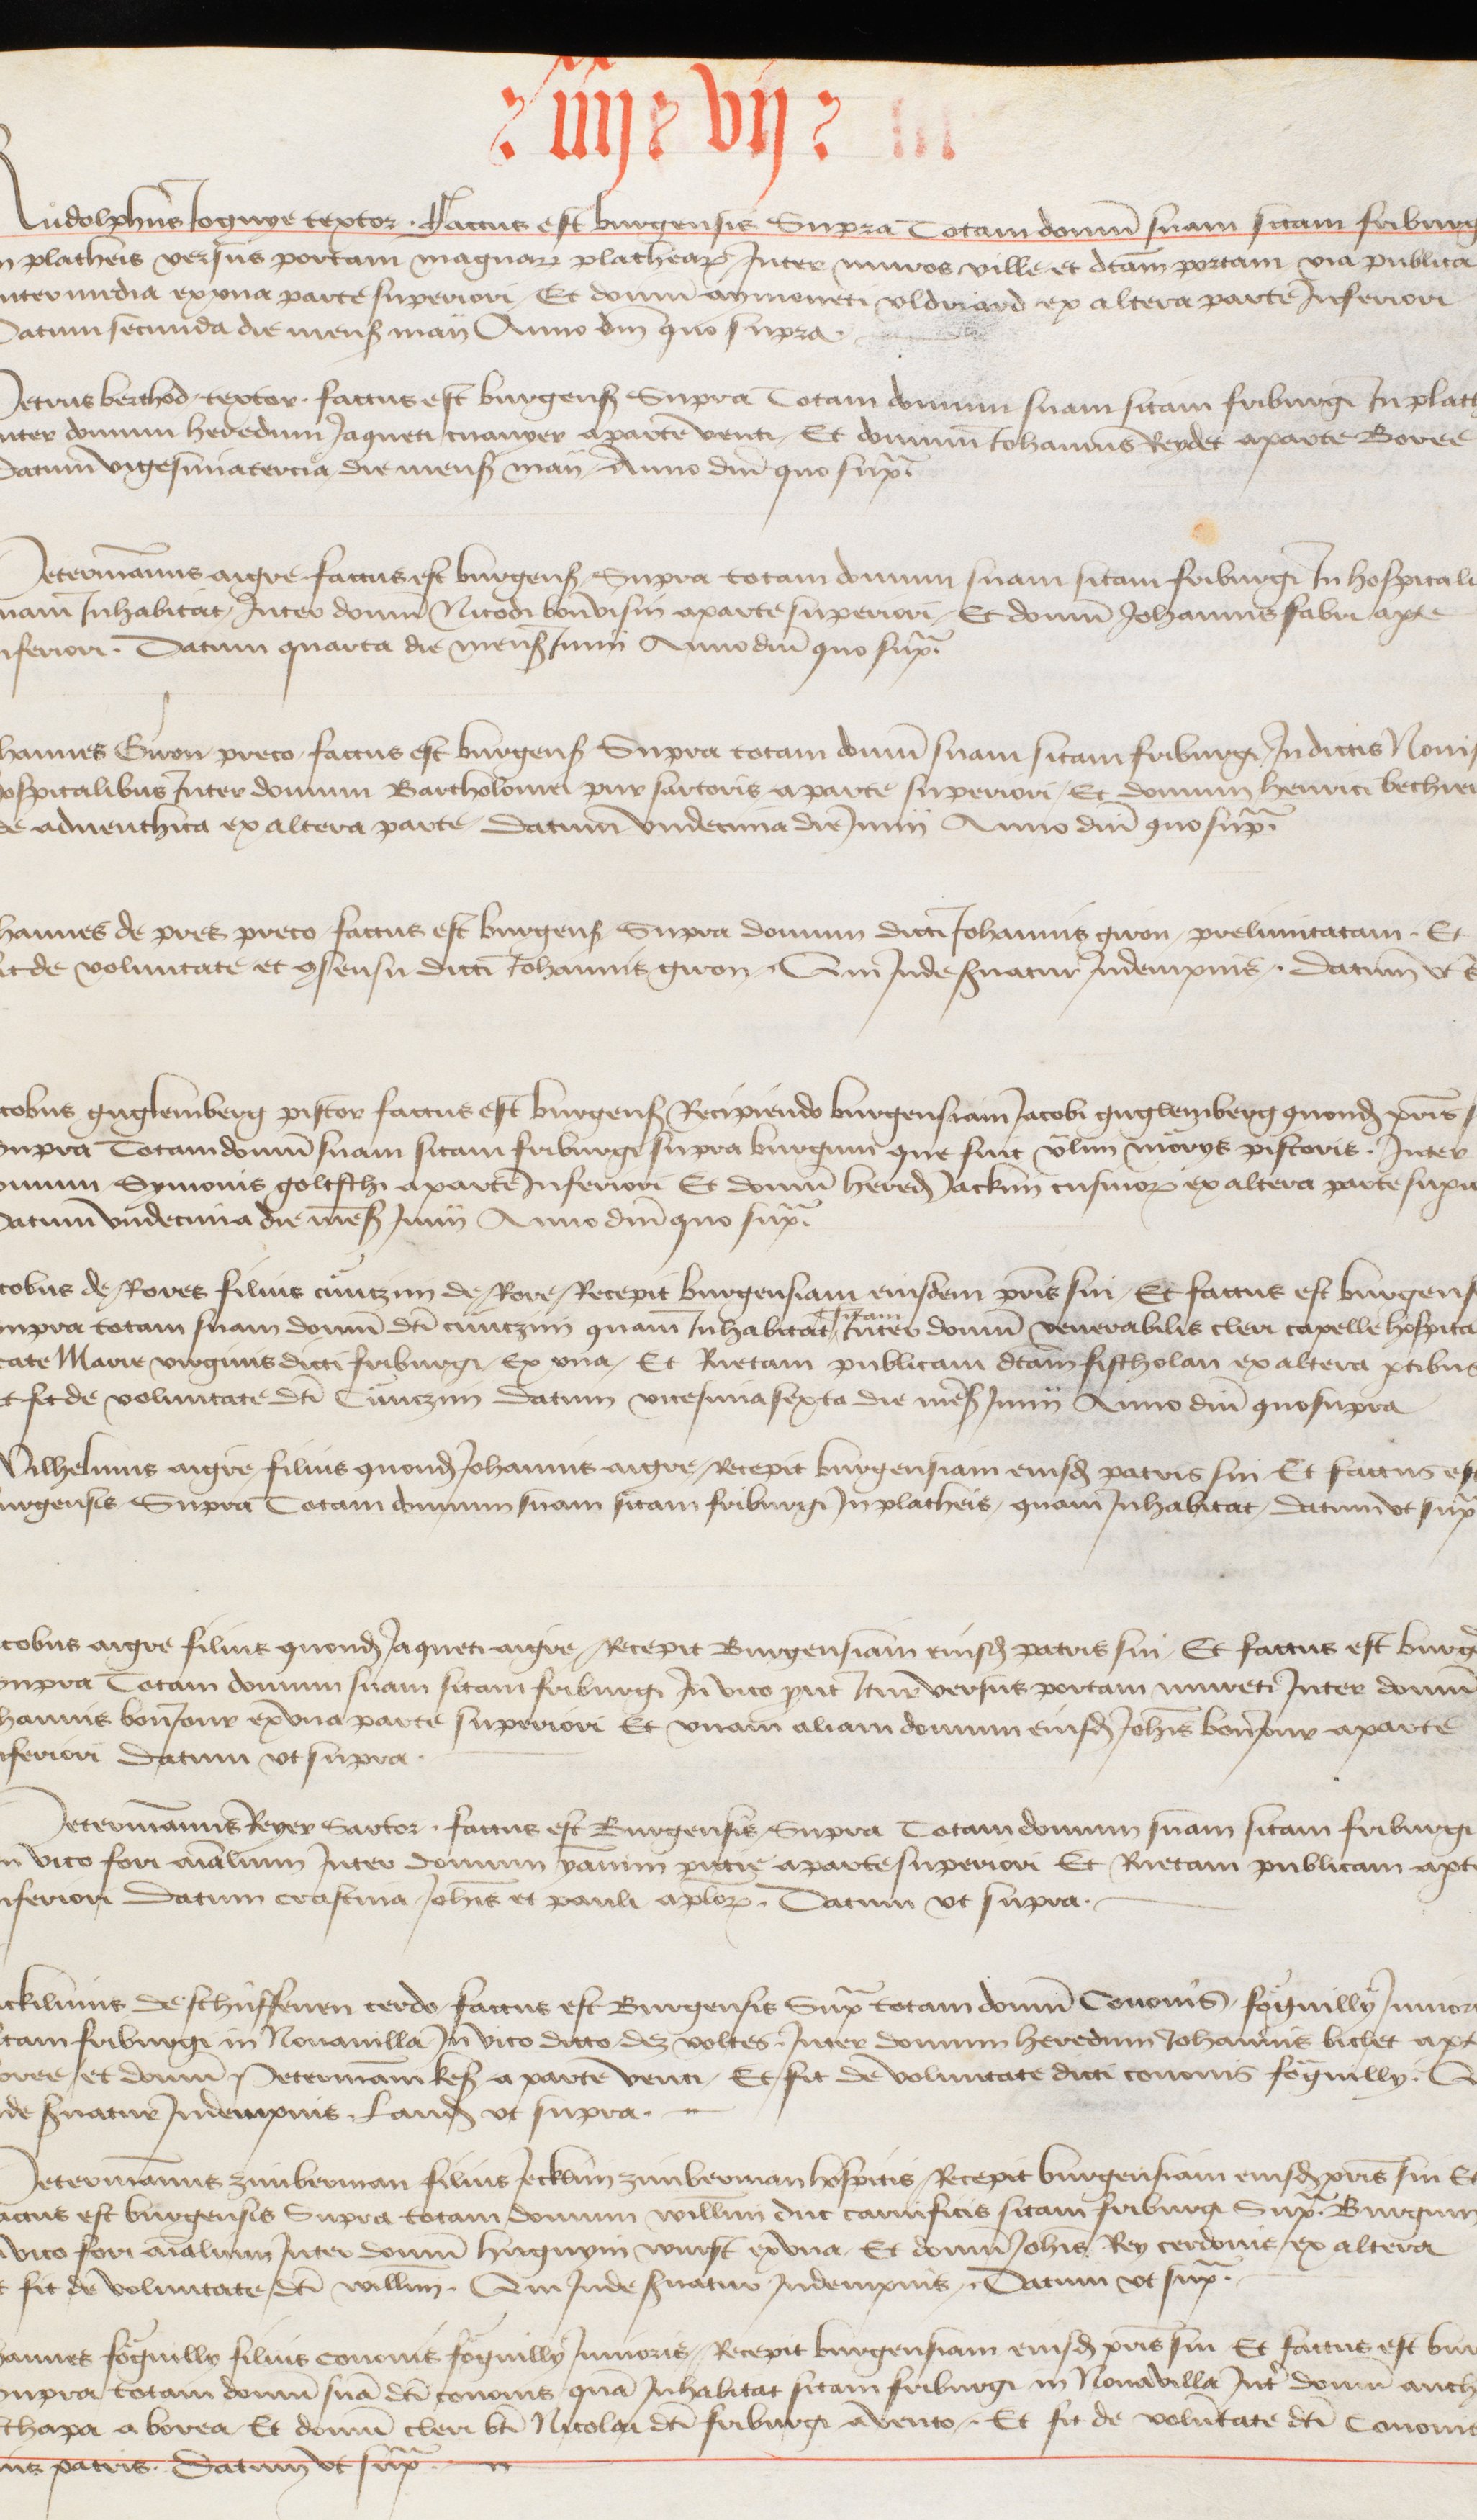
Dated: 1416–1769